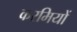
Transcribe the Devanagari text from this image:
करमियों